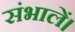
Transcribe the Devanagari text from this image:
संभालें।